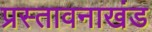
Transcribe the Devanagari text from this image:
प्रस्तावनाखंड